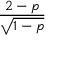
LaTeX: \frac { 2 - p } { \sqrt { 1 - p } }